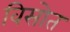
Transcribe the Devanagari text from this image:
विसोत